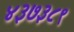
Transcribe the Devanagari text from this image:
४३७३८९